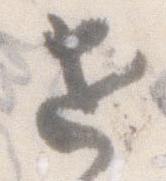
せ